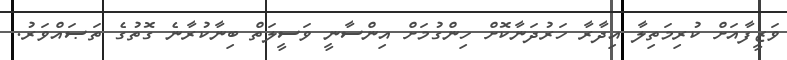
ވަޒީފާއަށް ކުރިމަތިލާ އިދާރާ ހަރުދަނާކޮށް ހިންގުމަށް އިންސާނީ ވަސީލަތް ބިނާކުރާނެ ގޮތުގެ ތަޞައްވަރު.